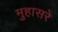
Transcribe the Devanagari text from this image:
मुहासरे